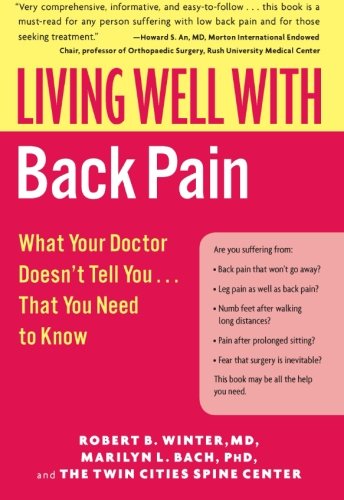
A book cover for Living Well with Back Pain: What Your Doctor Doesn't Tell You...That You Need to Know (Living Well (Collins)); Robert B., M.D. Winter; Health, Fitness & Dieting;